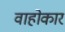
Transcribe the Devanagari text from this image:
वाहोकार